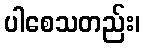
ပါစေသတည်း၊